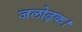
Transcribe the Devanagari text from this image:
जलोढ़क।